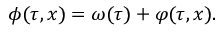
\; \phi ( \tau , x ) = \omega ( \tau ) + \varphi ( \tau , x ) .